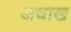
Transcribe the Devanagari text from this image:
अधाख